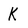
Character: K